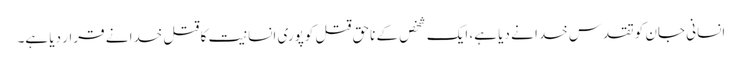
انسانی جان کو تقدس خدا نے دیا ہے، ایک شخص کے ناحق قتل کوپوری انسانیت کا قتل خدا نے قرار دیا ہے۔